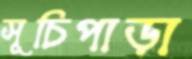
সূচিপাড়া